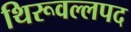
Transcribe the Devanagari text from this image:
थिरूवल्लपद